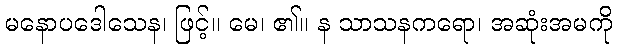
မနောပဒေါသေန၊ ဖြင့်။ မေ၊ ၏။ န သာသနကရော၊ အဆုံးအမကို